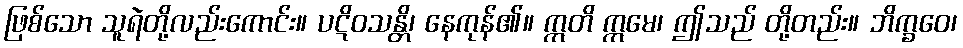
ဖြစ်သော သူရဲတို့လည်းကောင်း။ ပဋိဝသန္တိ၊ နေကုန်၏။ ဣတိ ဣမေ၊ ဤသည် တို့တည်း။ ဘိက္ခဝေ၊